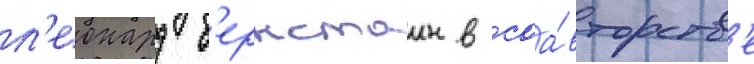
л'еонард б'ернстаин в соа́вторств'е